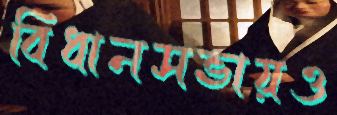
বিধানসভায়ও